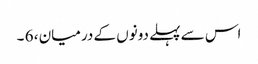
اس سے پہلے دونوں کے درمیان ، 6 ۔